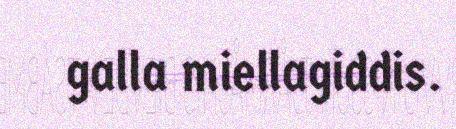
galla miellagiddis.